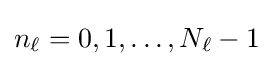
n_{\ell }=0,1,\dots ,N_{\ell }-1